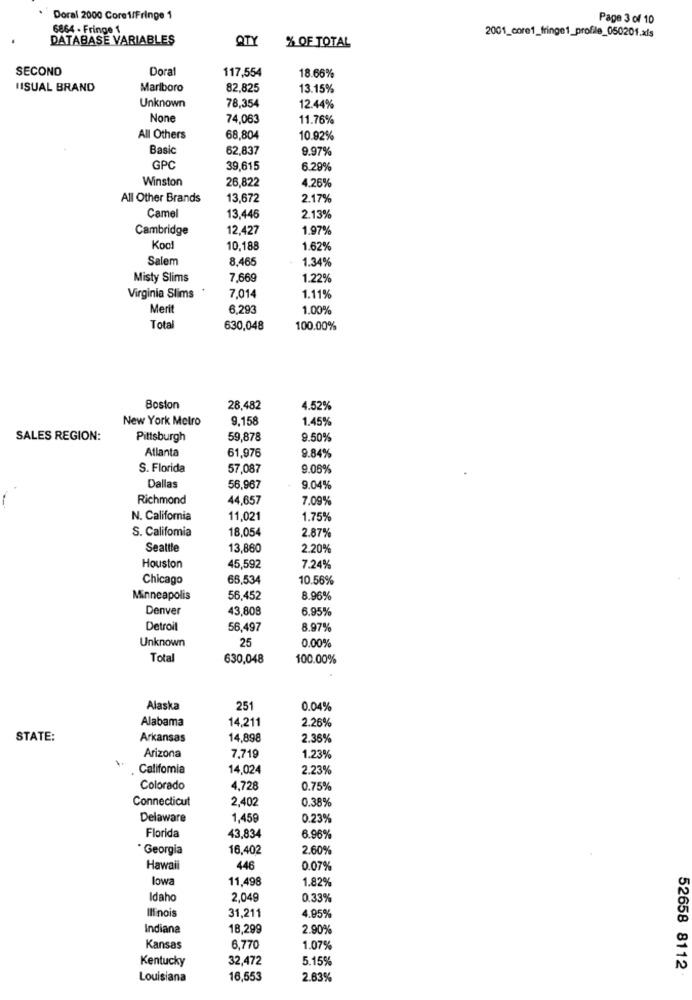
Doral 2000 Core1/Fringe 1
Page 3 of 10
6864 - Fringe 1
DATABASE VARIABLES
QTY
2001_core1_fringe1_profile_05020f.xls
% OF TOTAL
SECOND
Doral
117,554
18.66%
VISUAL BRAND
Marlboro
82,825
13.15%
Unknown
78,354
12.44%
74,063
11.76%
All Others
68,804
10.92%
Basic
62,837
9.97%
GPC
39,615
6.29%
Winston
26,822
4.26%
All Other Brands
13,672
2.17%
Camel
13,446
2.13%
Cambridge
12,427
1.97%
Kool
10,188
1.62%
Salem
8.465
1.34%
Misty Slims
7,669
1.22%
Virginia Slims
7,014
1.11%
Merit
6,293
1.00%
Total
630,048
100.00%
Boston
28,482
4.52%
New York Metro
9,158
1.45%
SALES REGION:
Pittsburgh
59,878
9.50%
Atlanta
61,976
9.84%
S. Florida
57.087
9.06%
Dallas
56.967
9.04%
Richmond
44,657
7,09%
N. California
11,021
1.75%
S. Califomia
18,054
2.87%
Seattle
13,860
2.20%
Houston
45,592
7.24%
Chicago
66.534
10.56%
Minneapolis
56,452
8.96%
Denver
43,808
6.95%
Detroit
56,497
8.97%
25
0.00%
Unknown
Total
630,048
100.00%
Alaska
251
0.04%
Alabama
14,211
2.26%
STATE:
Arkansas
14,898
2.36%
Arizona
7,719
1.23%
Califomia
14,024
2.23%
Colorado
4,728
0.75%
Connecticut
2,402
0.38%
Delaware
1,459
0.23%
Florida
43,834
6.96%
* Georgia
16,402
2.60%
Hawaii
446
0.07%
lowa
11,498
1.82%
Idaho
2.049
0.33%
Illinois
31,211
4.95%
Indiana
18,299
2.90%
Kansas
6,770
1.07%
Kentucky
32,472
5.15%
52658 8112
Louisiana
16,553
2.63%